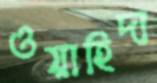
ওয়াহিদা